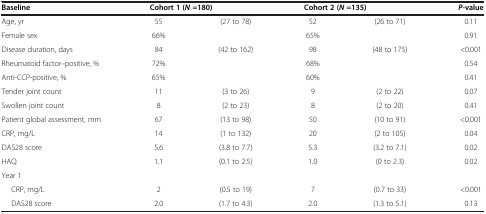
| Baseline | <COLSPAN=2> Cohort 1 (N=180) | <COLSPAN=2> Cohort 2 (N=135) | P-value |
 | --- | --- | --- | --- | --- | --- |
 | Age, yr | 55 | (27 to 78) | 52 | (26 to 71) | 0.11 |
 | Female sex | 66% |  | 65% |  | 0.91 |
 | Disease duration, days | 84 | (42 to 162) | 98 | (48 to 175) | <0.001 |
 | Rheumatoid factor–positive, % | 72% |  | 68% |  | 0.54 |
 | Anti-CCP-positive, % | 65% |  | 60% |  | 0.41 |
 | Tender joint count | 11 | (3 to 26) | 9 | (2 to 22) | 0.07 |
 | Swollen joint count | 8 | (2 to 23) | 8 | (2 to 20) | 0.41 |
 | Patient global assessment, mm | 67 | (13 to 98) | 50 | (10 to 91) | <0.001 |
 | CRP, mg/L | 14 | (1 to 132) | 20 | (2 to 105) | 0.04 |
 | DAS28 score | 5.6 | (3.8 to 7.7) | 5.3 | (3.2 to 7.1) | 0.02 |
 | HAQ | 1.1 | (0.1 to 2.5) | 1.0 | (0 to 2.3) | 0.02 |
 | Year 1 |  |  |  |  |  |
 | CRP, mg/L | 2 | (0.5 to 19) | 7 | (0.7 to 33) | <0.001 |
 | DAS28 score | 2.0 | (1.7 to 4.3) | 2.0 | (1.3 to 5.1) | 0.13 |